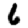
Digit: 6